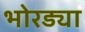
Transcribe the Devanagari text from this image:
भोरड्या